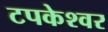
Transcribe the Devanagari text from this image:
टपकेश्‍वर